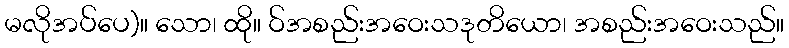
မလိုအပ်ပေ)။ သော၊ ထို။ ဝ်အစည်းအဝေးသဒုတိယော၊ အစည်းအဝေးသည်။